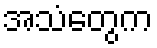
အသံတွေက